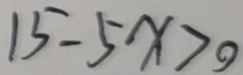
1 5 - 5 x > 0